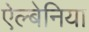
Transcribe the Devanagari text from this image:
ऐल्बेनिया